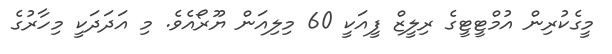
މީގެކުރިން އުމްޓީޓީގެ ރިލީޒް ފީއަކީ 60 މިލިއަން ޔޫރޯއެވެ. މި އަދަދަކީ މިހާރުގެ